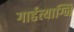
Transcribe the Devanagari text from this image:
गार्हत्याग्नि